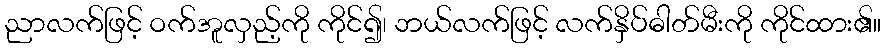
ညာလက်ဖြင့် ဝက်အူလှည့်ကို ကိုင်၍၊ ဘယ်လက်ဖြင့် လက်နှိပ်ဓါတ်မီးကို ကိုင်ထား၏။